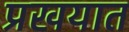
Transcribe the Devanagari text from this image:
प्रखयात